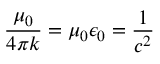
\frac { \mu _ { 0 } } { 4 \pi k } = \mu _ { 0 } \epsilon _ { 0 } = \frac { 1 } { c ^ { 2 } }